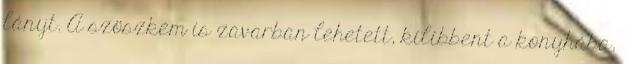
lányt. A szöszkém is zavarban lehetett, kilibbent a konyhába,